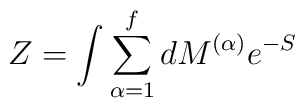
Z = \int \sum^f_{\alpha=1} dM^{(\alpha)} e^{-S}